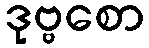
ဒုဗ္ဗစော